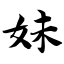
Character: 妹